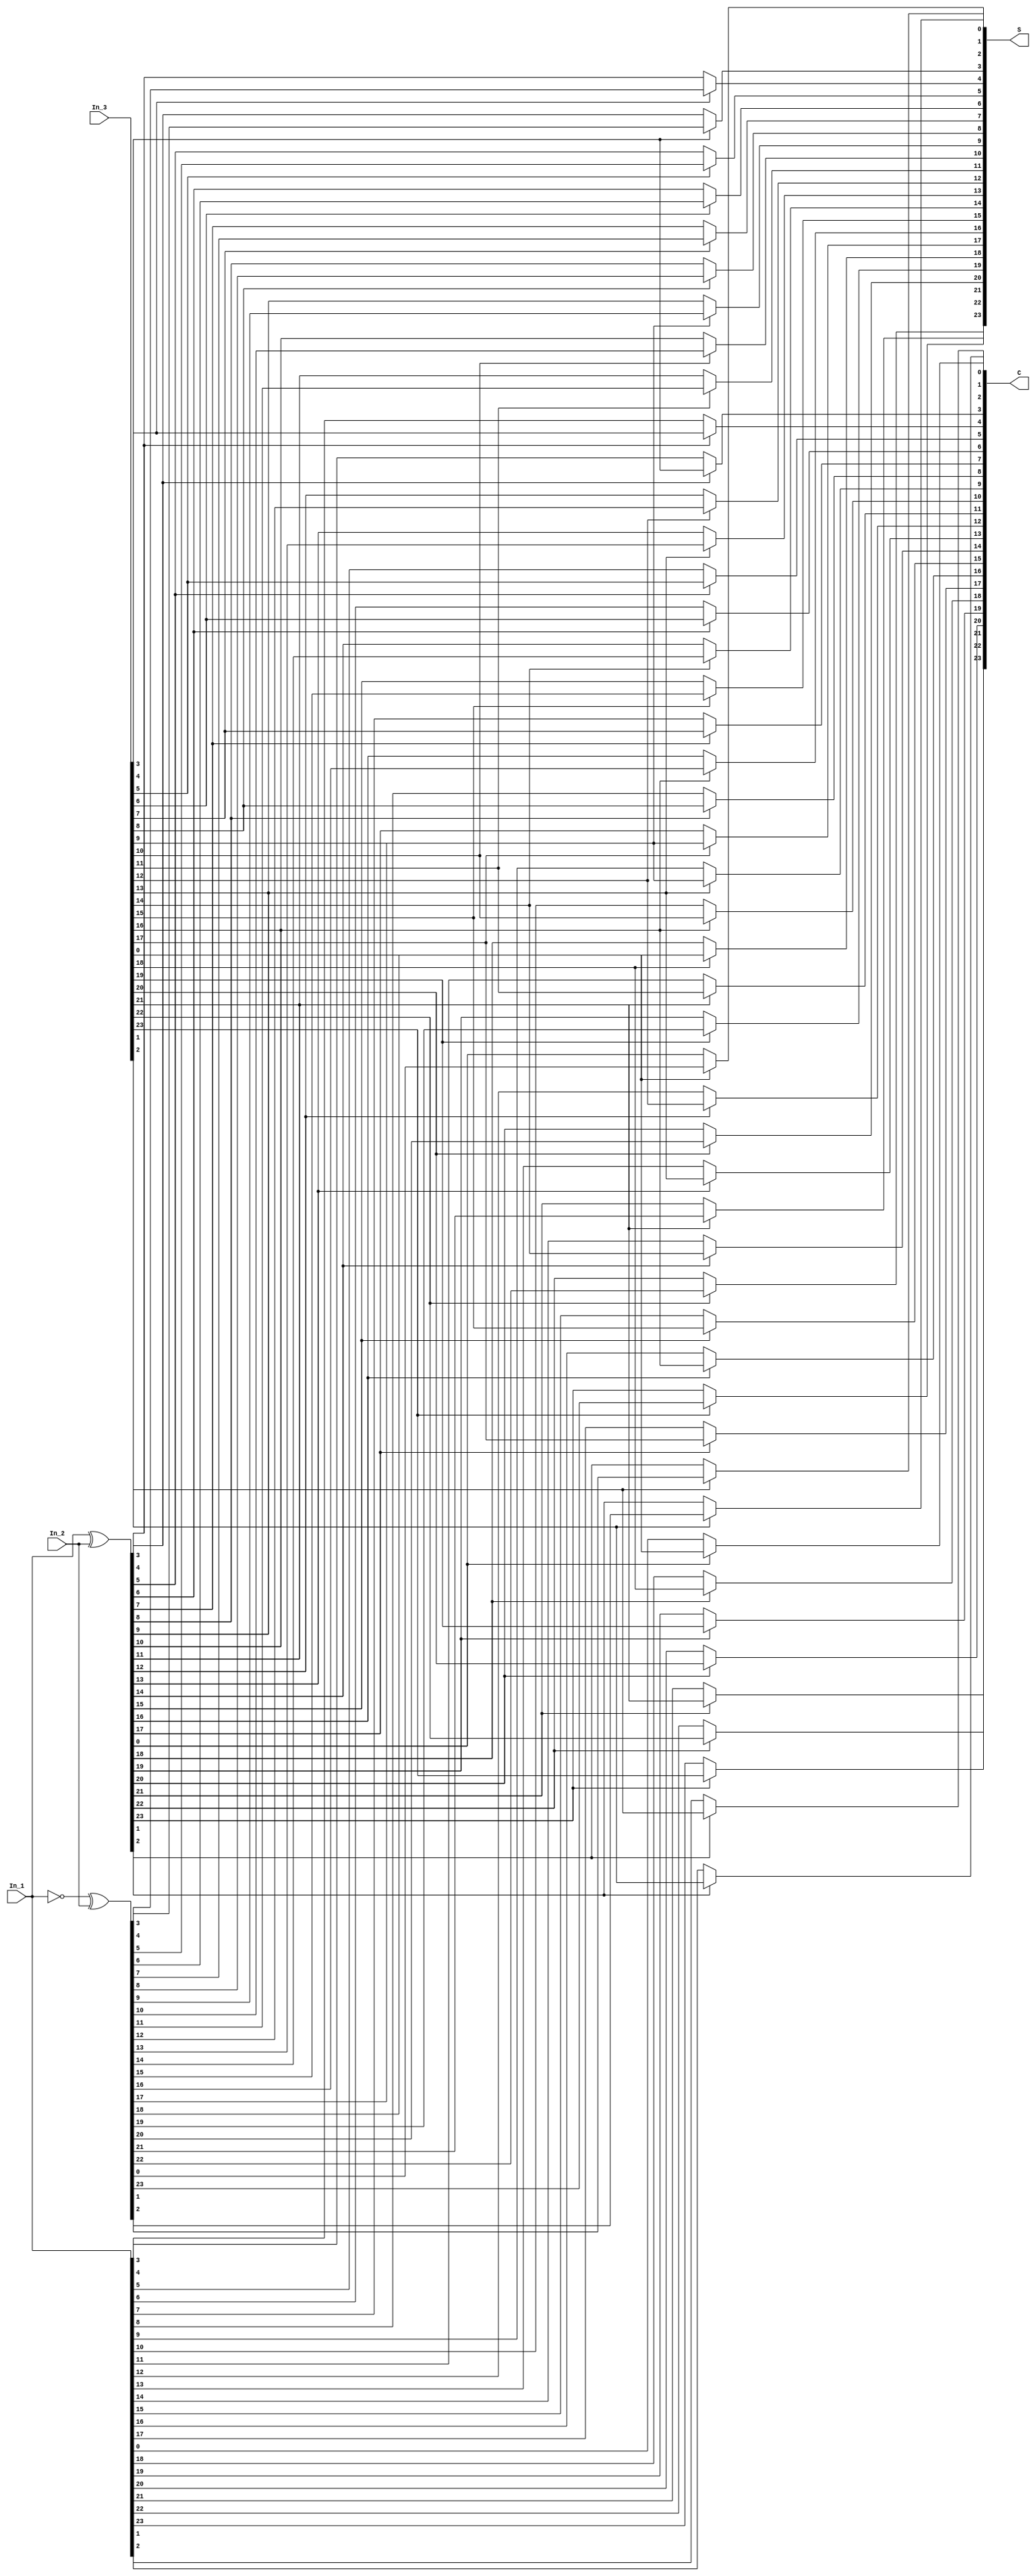
`timescale 1ns / 1ps
//////////////////////////////////////////////////////////////////////////////////
// Company: 
// Engineer: 
// 
// Design Name: 
// Module Name: CSA3_2
// Project Name: 
// Target Devices: 
// Tool Versions: 
// Description: 
// 
// Dependencies: 
// 
// Revision:
// Revision 0.01 - File Created
// Additional Comments:
// 
//////////////////////////////////////////////////////////////////////////////////

module CSA3_2_Array #
(
    parameter   WIDTH  = 24
)
(
    input wire[WIDTH - 1 : 0] In_1,
    input wire[WIDTH - 1 : 0] In_2,
    input wire[WIDTH - 1 : 0] In_3,
    output wire[WIDTH - 1 : 0] S,
    output wire[WIDTH - 1 : 0] C
);

//Conventional
    // assign S = In_1 ^ In_2 ^ In_3;
    // assign C = (In_1 & In_2) | (In_2 & In_3) | (In_1 & In_3);

//FA3
    wire[WIDTH - 1 : 0] temp1 = In_1 ^ In_2;
    wire[WIDTH - 1 : 0] temp2 = ~ In_1 ^ In_2;

    genvar i;
    for (i = 0; i < WIDTH ; i = i + 1) 
    begin : csa_assign
        assign C[i] = temp1[i] ? In_3[i] : In_1[i];
        assign S[i] = In_3[i] ? temp2[i] : temp1[i];
    end

endmodule  //CSA3_2